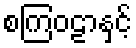
စကြဝဠာနှင့်